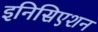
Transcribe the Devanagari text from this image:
इनिसिएशन